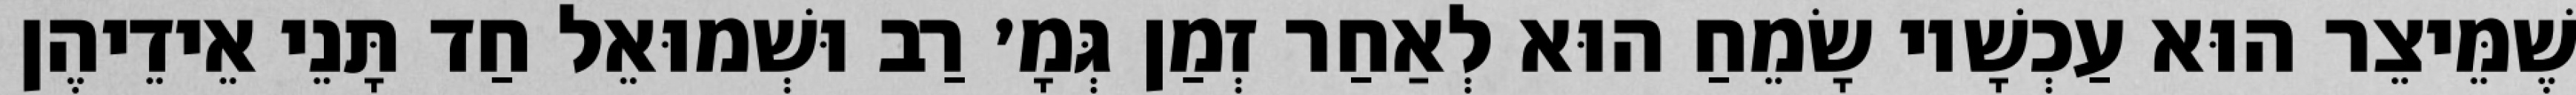
שֶׁמֵּיצֵר הוּא עַכְשָׁיו שָׂמֵחַ הוּא לְאַחַר זְמַן גְּמָ׳ רַב וּשְׁמוּאֵל חַד תָּנֵי אֵידֵיהֶן